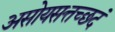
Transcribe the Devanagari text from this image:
असोयसत्तच्छदं